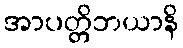
အာပတ္တိဘယာနိ